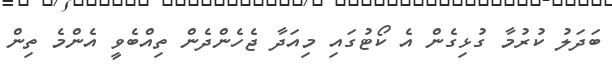
ބަދަލު ކުރުމާ ގުޅިގެން އެ ކޯޓުގައި މިއަދާ ޖެހެންދެން ތިއްބެވީ އެންމެ ތިން